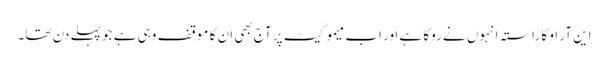
این آر او کا راستہ انہوں نے روکا ہے اور اب میمو گیٹ پر آج بھی ان کا موقف وہی ہے جو پہلے دن تھا۔